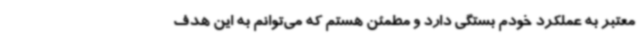
معتبر به عملکرد خودم بستگی دارد و مطمئن هستم که می‌توانم به این هدف